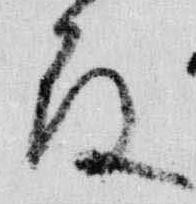
殿